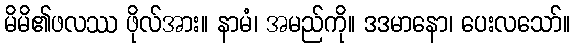
မိမိ၏ဖလဿ ဖိုလ်အား။ နာမံ၊ အမည်ကို။ ဒဒမာနော၊ ပေးလသော်။